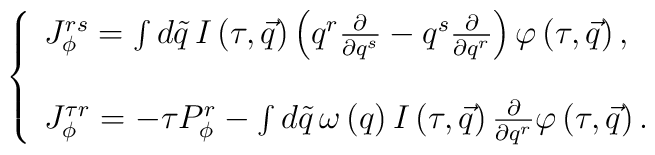
\left\{\begin{array}{l}J^{rs}_{\phi}=\int d\tilde q\,I\left( \tau ,\vec q\right) \left( q^r\frac \partial{\partial q^s}-q^s\frac \partial {\partial q^r}\right) \varphi \left( \tau,\vec q\right) , \\\\J_{\phi}^{\tau r}=-\tau P_{\phi}^r-\int d\tilde q\,\omega \left( q\right) I\left( \tau,\vec q\right) \frac \partial {\partial q^r}\varphi \left( \tau ,\vec q\right).\end{array}\right.